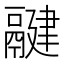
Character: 𩱃